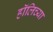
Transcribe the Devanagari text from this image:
हॉलिच्या